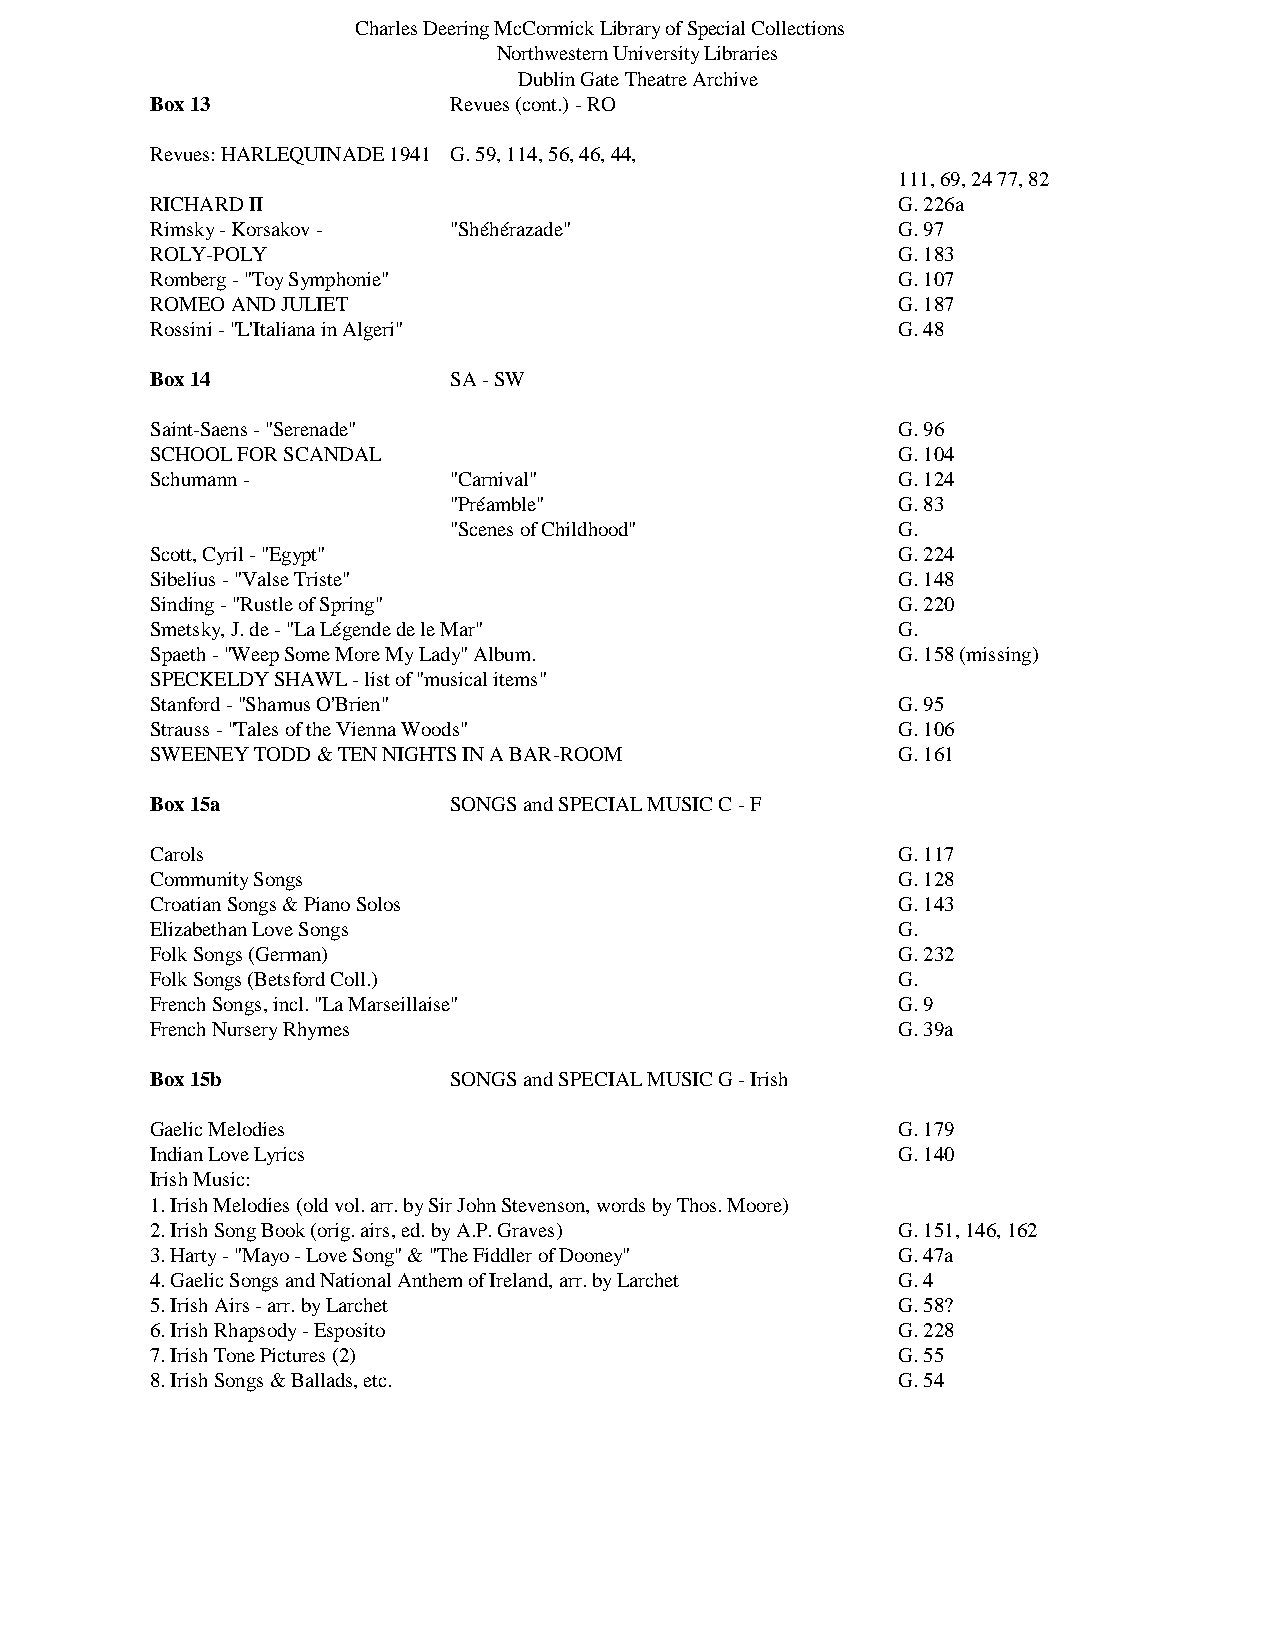
Charles Deering McCormick Library of Special Collections
 Northwestern University Libraries
 Dublin Gate Theatre Archive
 Box 13              Revues (cont.) - RO
 Revues: HARLEQUINADE 1941 G. 59, 114, 56, 46, 44,
 111, 69, 24 77, 82
 RICHARD II                                       G. 226a
 Rimsky - Korsakov - "Shéhérazade"                G. 97
 ROLY-POLY                                        G. 183
 Romberg - "Toy Symphonie"                        G. 107
 ROMEO AND JULIET                                 G. 187
 Rossini - "L'Italiana in Algeri"                 G. 48
 Box 14              SA - SW
 Saint-Saens - "Serenade"                         G. 96
 SCHOOL FOR SCANDAL                               G. 104
 Schumann -          "Carnival"                   G. 124
 "Préamble"                   G. 83
 "Scenes of Childhood"        G.
 Scott, Cyril - "Egypt"                           G. 224
 Sibelius - "Valse Triste"                        G. 148
 Sinding - "Rustle of Spring"                     G. 220
 Smetsky, J. de - "La Légende de le Mar"          G.
 Spaeth - "Weep Some More My Lady" Album.         G. 158 (missing)
 SPECKELDY SHAWL - list of "musical items"
 Stanford - "Shamus O'Brien"                      G. 95
 Strauss - "Tales of the Vienna Woods"            G. 106
 SWEENEY TODD & TEN NIGHTS IN A BAR-ROOM          G. 161
 Box 15a             SONGS and SPECIAL MUSIC C - F
 Carols                                           G. 117
 Community Songs                                  G. 128
 Croatian Songs & Piano Solos                     G. 143
 Elizabethan Love Songs                           G.
 Folk Songs (German)                              G. 232
 Folk Songs (Betsford Coll.)                      G.
 French Songs, incl. "La Marseillaise"            G. 9
 French Nursery Rhymes                            G. 39a
 Box 15b             SONGS and SPECIAL MUSIC G - Irish
 Gaelic Melodies                                  G. 179
 Indian Love Lyrics                               G. 140
 Irish Music:
 1. Irish Melodies (old vol. arr. by Sir John Stevenson, words by Thos. Moore)
 2. Irish Song Book (orig. airs, ed. by A.P. Graves) G. 151, 146, 162
 3. Harty - "Mayo - Love Song" & "The Fiddler of Dooney" G. 47a
 4. Gaelic Songs and National Anthem of Ireland, arr. by Larchet G. 4
 5. Irish Airs - arr. by Larchet                  G. 58?
 6. Irish Rhapsody - Esposito                     G. 228
 7. Irish Tone Pictures (2)                       G. 55
 8. Irish Songs & Ballads, etc.                   G. 54